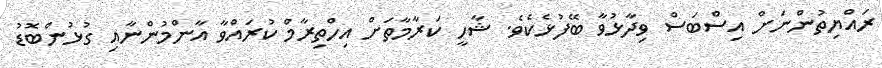
ރައްޔިތުންނަށް އިސްބަސް ވިދާޅުވާ ބޭފުޅެކެވެ. ޝާހީ ކަރާމާތަށް އިހްތިރާމް ކުރައްވާ އާންމުންނާއި ގުޅުންބޮޑު